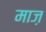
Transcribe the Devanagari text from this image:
माज़